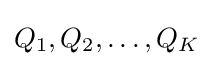
Q_{1},Q_{2},\dots ,Q_{K}